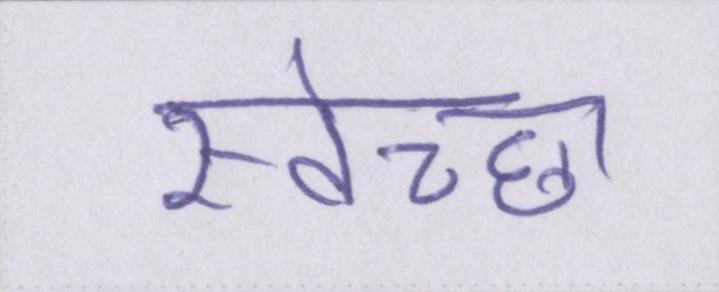
स्वेच्छा